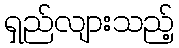
ရှည်လျားသည့်